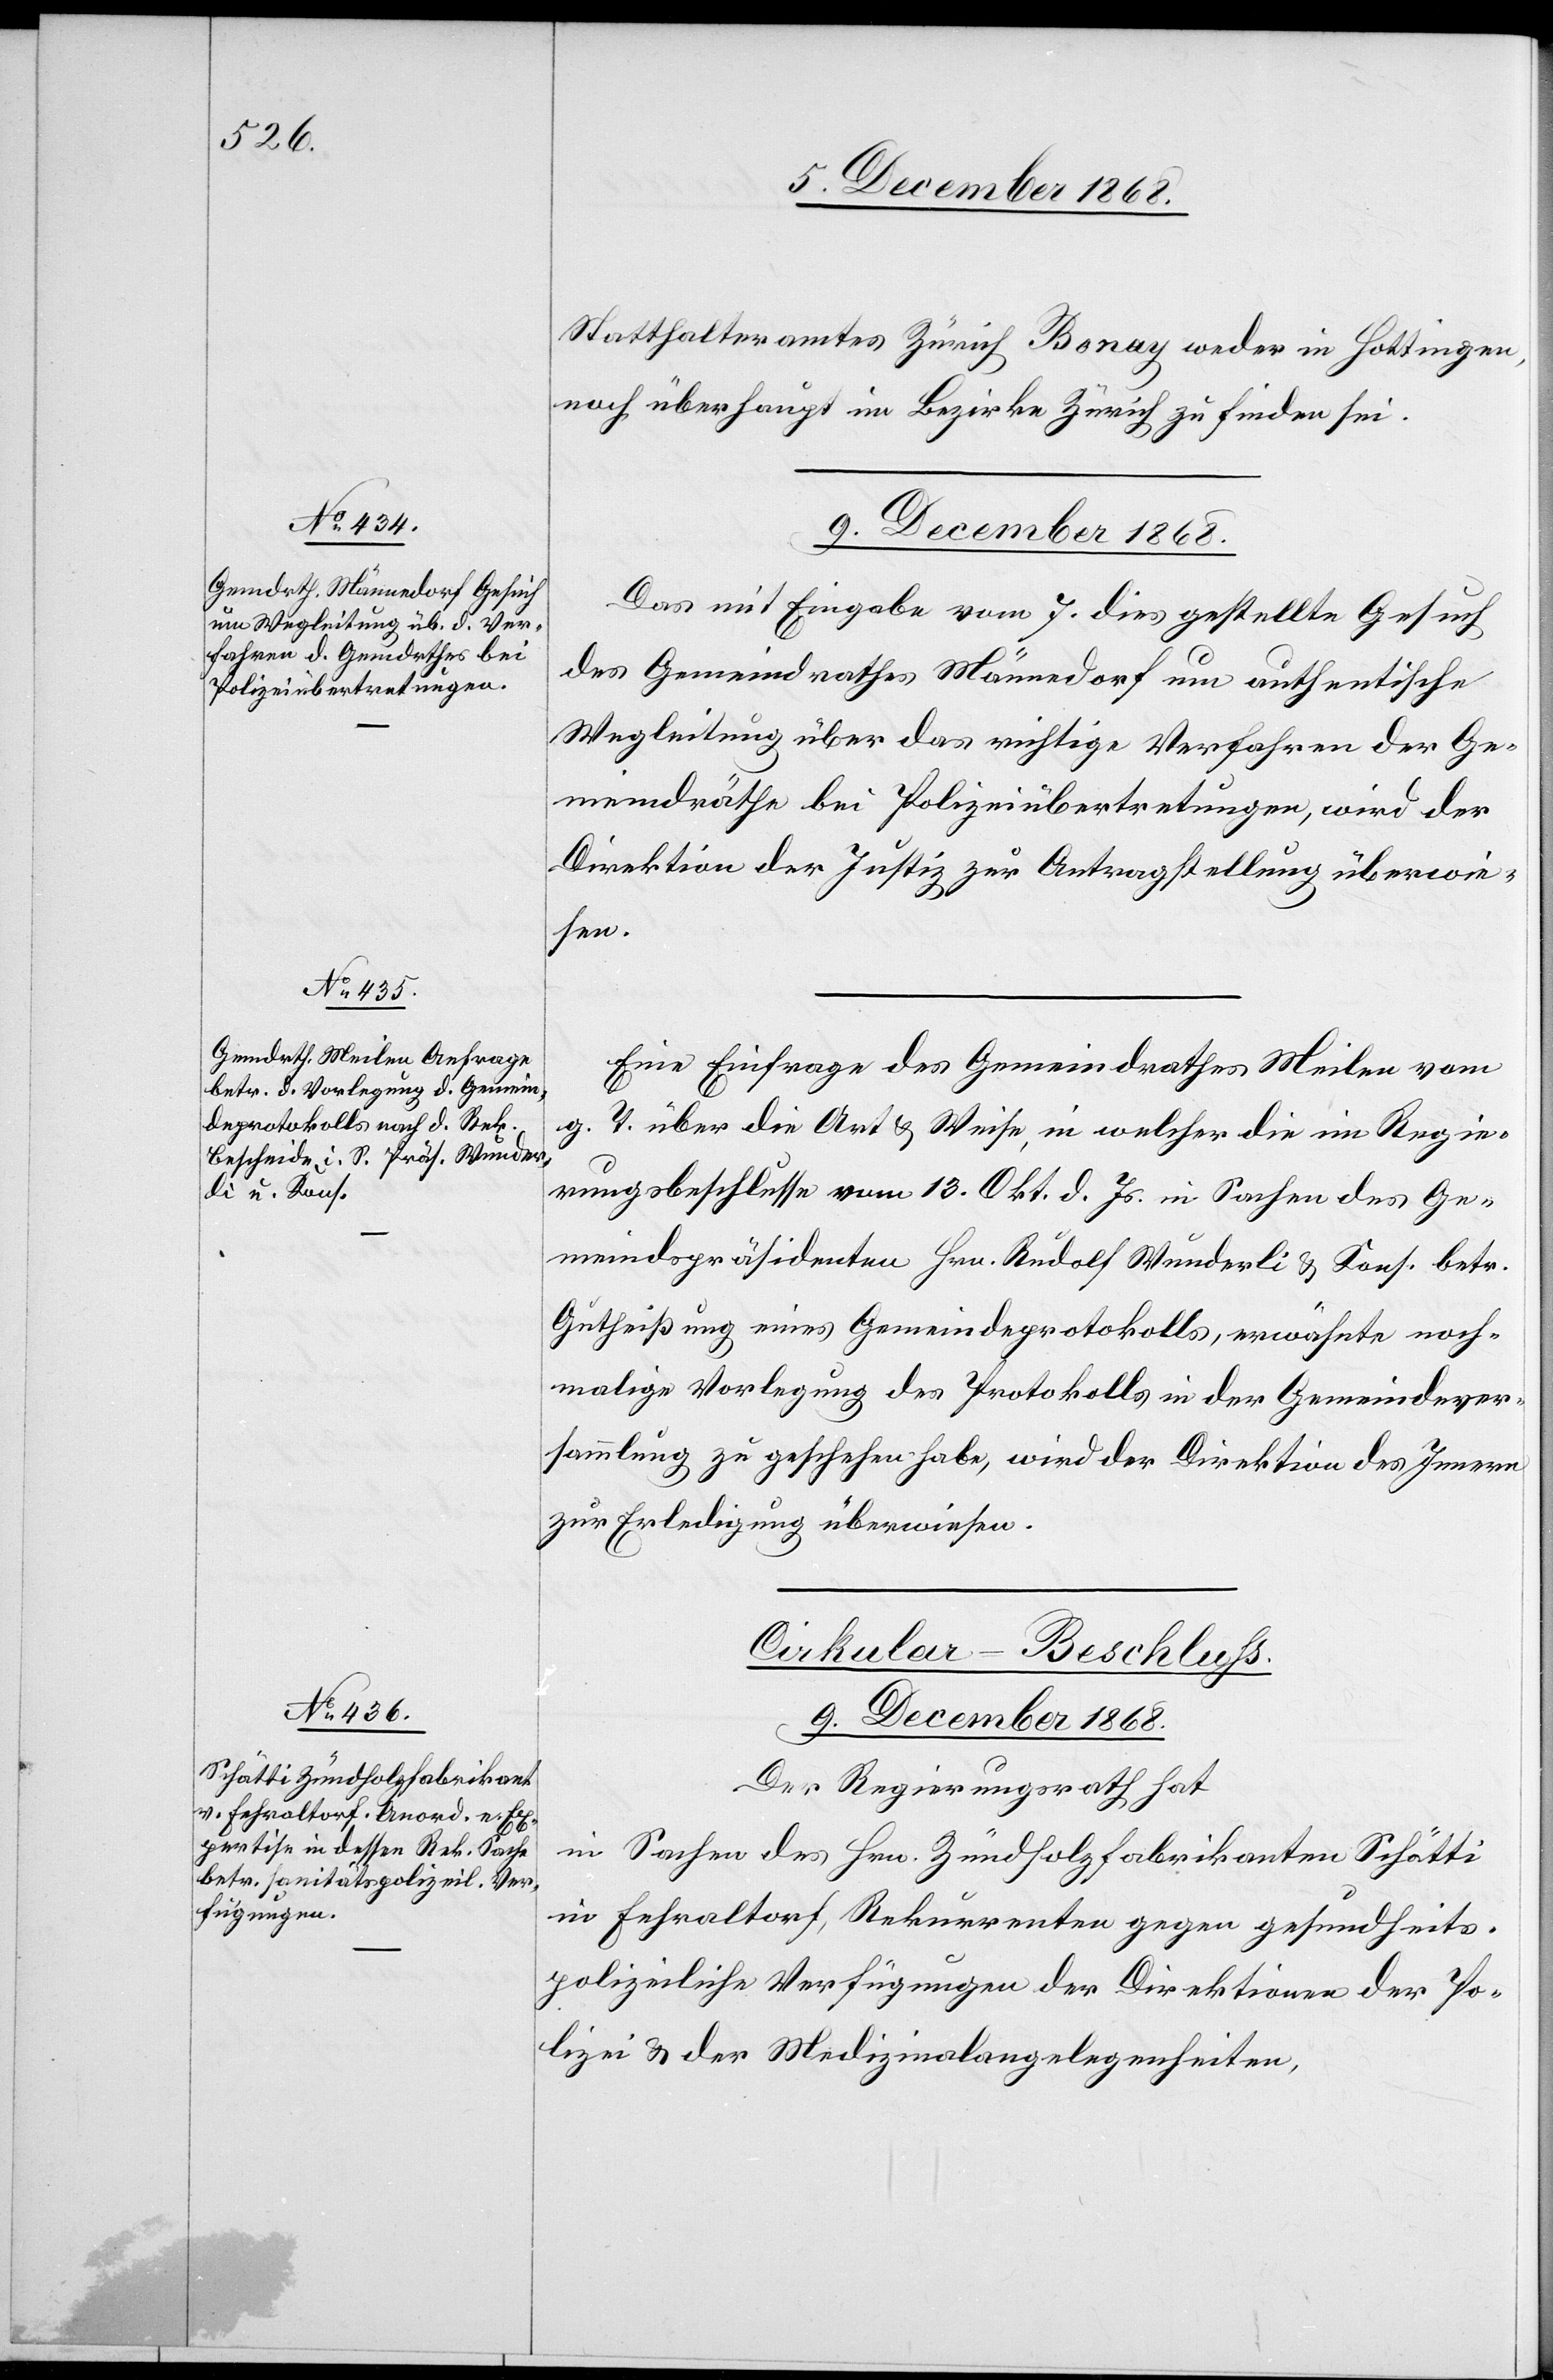
Statthalteramtes Zürich Bonay weder in Hottingen,
noch überhaupt im Bezirke Zürich zu finden sei.
9. December 1868.]
Das mit Eingabe vom 7. dies gestellte Gesuch
des Gemeindrathes Männedorf um authentische
Wegleitung über das richtige Verfahren der Ge¬
meindräthe bei Polizeiübertretungen, wird der
Direktion der Justiz zur Antragstellung überwie¬
sen.
Eine Einfrage des Gemeindrathes Meilen vom
g. T. über die Art & Weise, in welcher die im Regie¬
rungsbeschlusse vom 13. Okt. d. Js. in Sachen des Ge¬
meindspräsidenten Hrn. Rudolf Wunderli & Kons. betr.
Gutheißung eines Gemeindeprotokolls, erwähnte noch¬
malige Vorlegung des Protokolls in der Gemeindever¬
sammlung zu geschehen habe, wird der Direktion des Innern
zur Erledigung überwiesen.
Cirkular-Beschluss.
9. December 1868.
Der Regierungsrath hat
in Sachen des Hrn. Zündholzfabrikanten Schätti
in Fehraltorf, Rekurrenten gegen gesundheits¬
polizeiliche Verfügungen der Direktionen der Po¬
lizei & der Medizinalangelegenheiten,